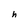
Character: h